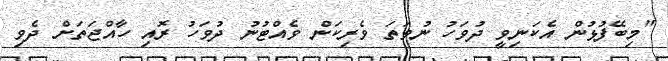
"މިބޭފުޅުން އެކަނިވީ ދުވަހު ނުވަތަ ވެރިކަން ވެއްޓުނު ދުވަހު ރޮއި ހާއްޖަތަށް ދެވި